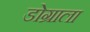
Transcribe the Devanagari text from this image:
डोग्राला